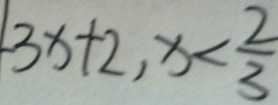
- 3 x + 2 , x < \frac { 2 } { 3 }